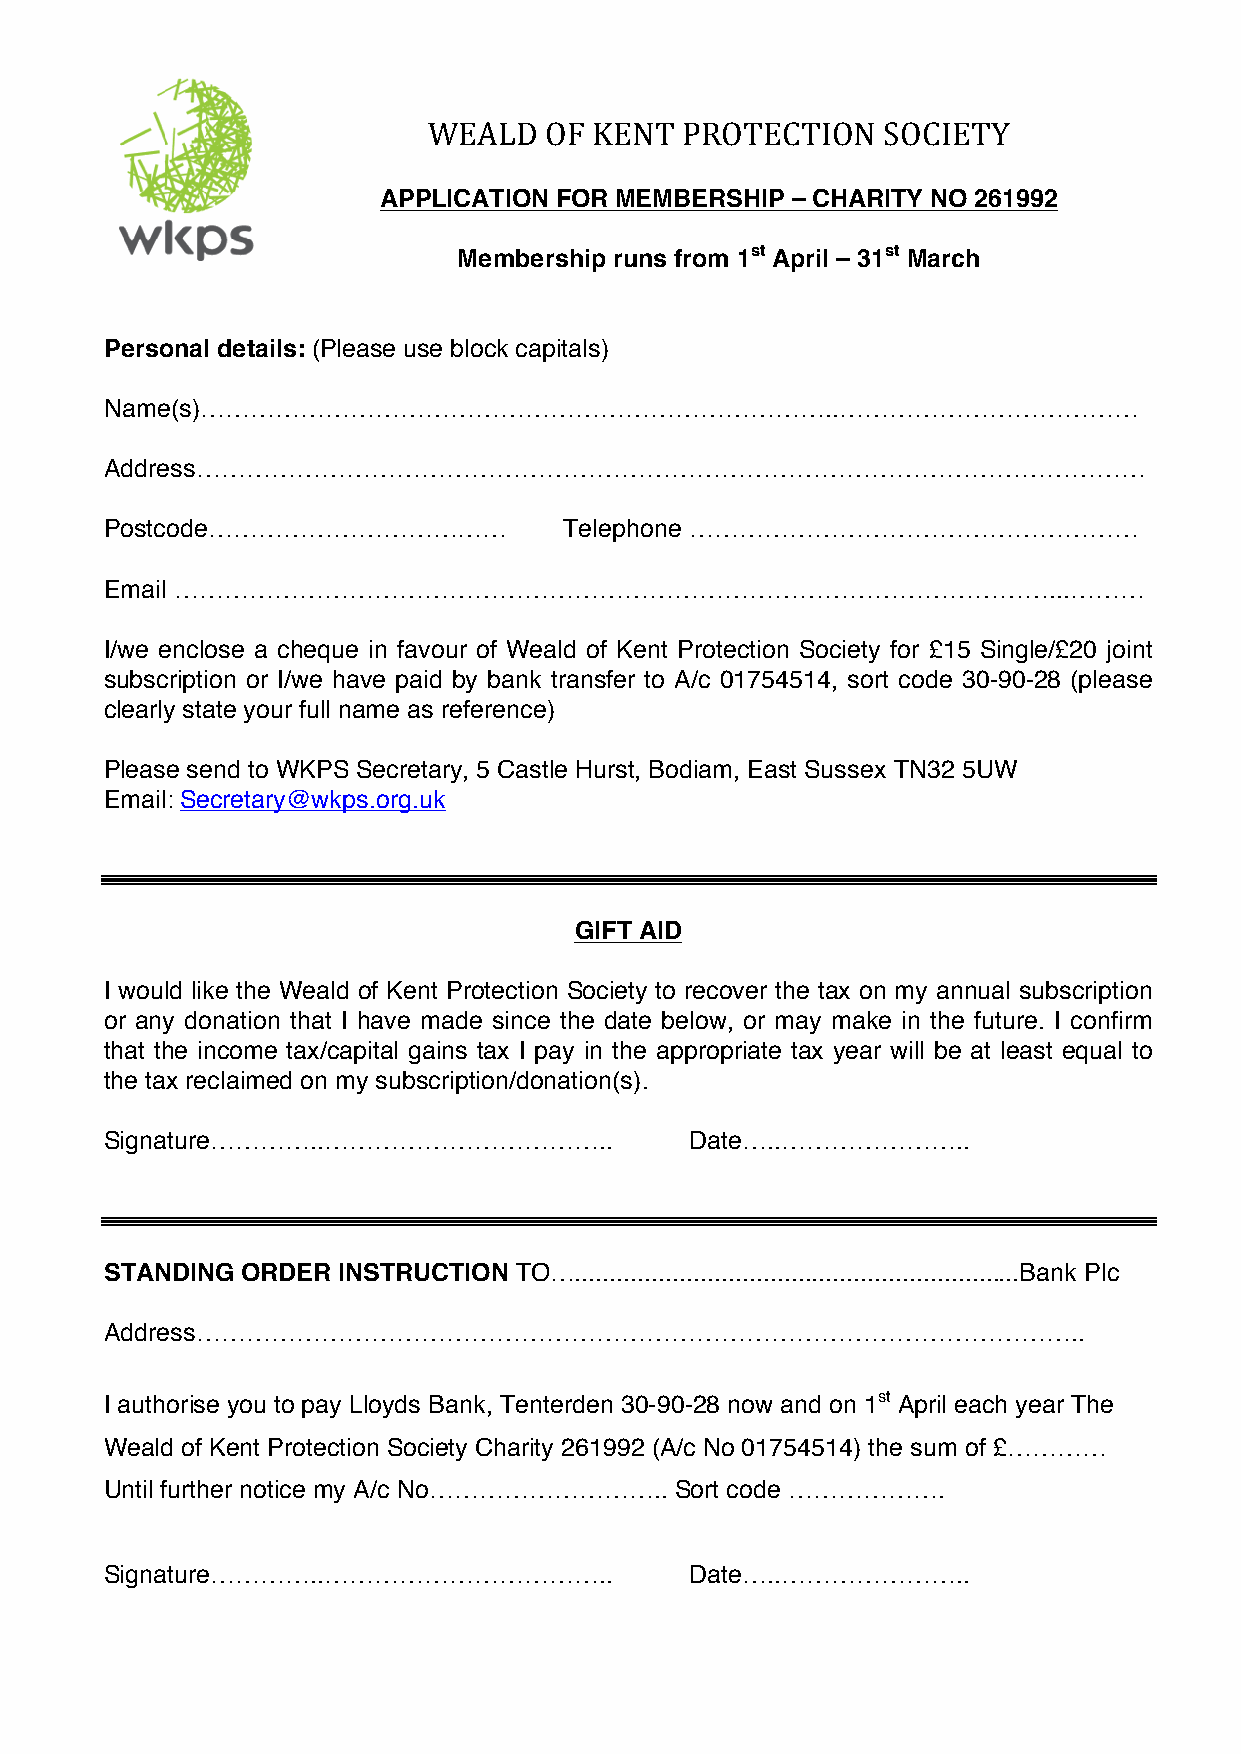
WEALD   OF KENT  PROTECTION    SOCIETY
 APPLICATION FOR MEMBERSHIP – CHARITY NO 261992
 Membership runs from 1st April – 31st March
 Personal details: (Please use block capitals)
 Name(s)…………………………………………………………………..………………………………
 Address……………………………………………………………………………………………………
 Postcode………………………………          Telephone ………………………………………………
 Email ……………………………………………………………………………………………...………
 I/we enclose a cheque in favour of Weald of Kent Protection Society for £15 Single/£20 joint
 subscription or I/we have paid by bank transfer to A/c 01754514, sort code 30-90-28 (please
 clearly state your full name as reference)
 Please send to WKPS Secretary, 5 Castle Hurst, Bodiam, East Sussex TN32 5UW
 Email: Secretary@wkps.org.uk
 GIFT AID
 I would like the Weald of Kent Protection Society to recover the tax on my annual subscription
 or any donation that I have made since the date below, or may make in the future. I confirm
 that the income tax/capital gains tax I pay in the appropriate tax year will be at least equal to
 the tax reclaimed on my subscription/donation(s).
 Signature…………..……………………………..           Date…..…………………..
 STANDING ORDER INSTRUCTION TO…................................................................Bank Plc
 Address……………………………………………………………………………………………..
 I authorise you to pay Lloyds Bank, Tenterden 30-90-28 now and on 1st April each year The
 Weald of Kent Protection Society Charity 261992 (A/c No 01754514) the sum of £…………
 Until further notice my A/c No……………………….. Sort code ……………….
 Signature…………..……………………………..           Date…..…………………..